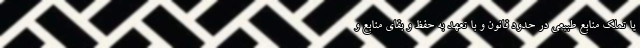
یا تملک منابع طبیعی در حدود قانون و با تعهد به حفظ و بقای منابع و